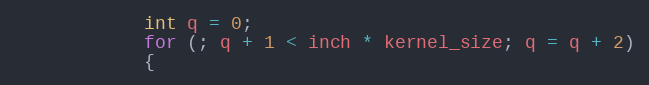
Language: C
            int q = 0;
            for (; q + 1 < inch * kernel_size; q = q + 2)
            {